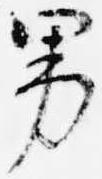
男